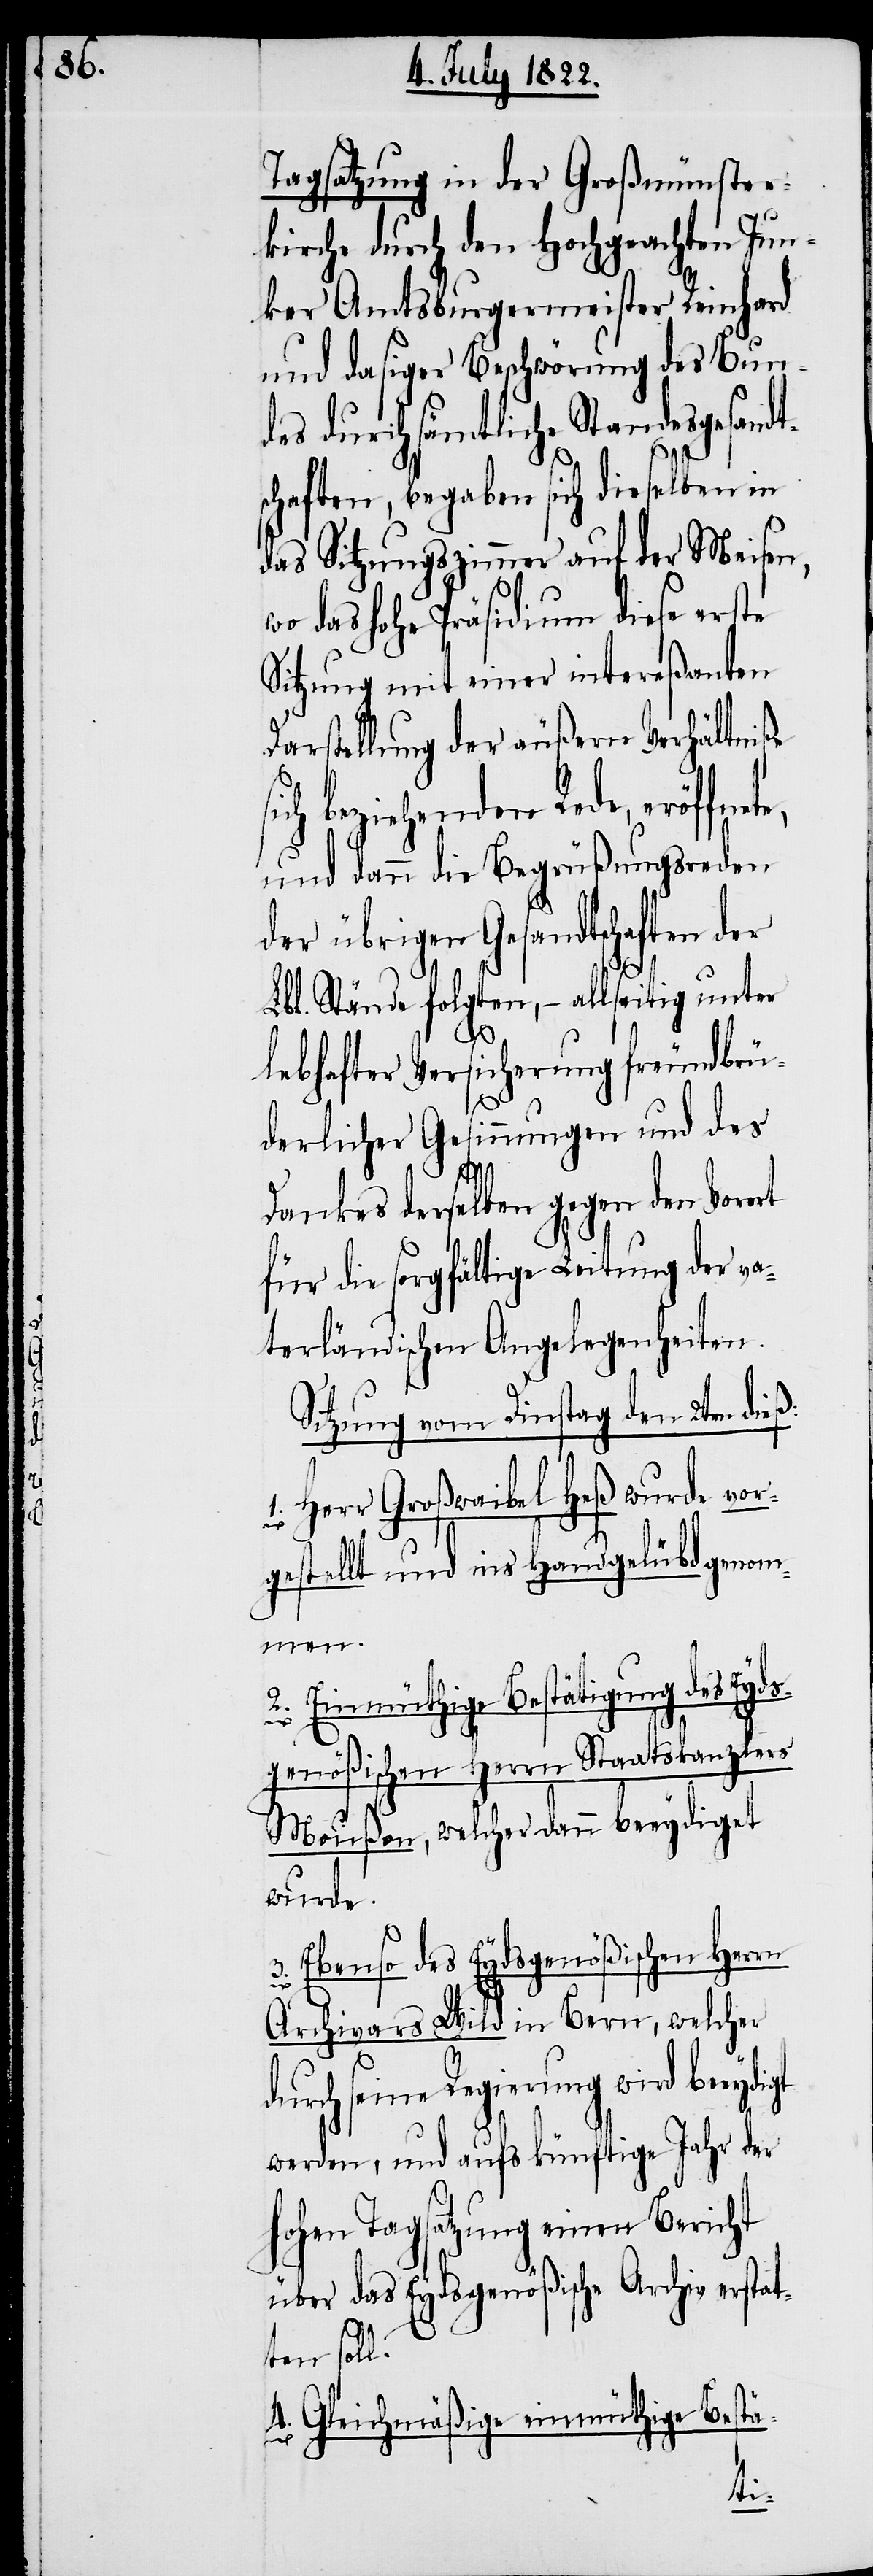
Tagsatzung in der Großmünster¬
kirche durch den Hochgeachten Jun¬
ker Amtsburgermeister Reinhard
und dasiger Beschwörung des Bun¬
des durch sämtliche Standesgesandt¬
schaften, begaben sich dieselben in
das Sitzungszimmer auf der Meisen,
wo das Hohe Präsidium diese erste
Sitzung mit einer intereßanten
Darstellung der äußern Verhältniße
ch beziehenden Rede, eröffne¬
und dann die Begrüßungsreden
der übrigen Gesandtschaften der
Lbl. Stände folgten, – allseitig unter
d¬
habhafter Versicherung freundbrü¬
derlicher Gesinnungen und des
Dankes derselben gegen den Vorort
für die sorgfältige Leitung der va¬
terländischen Angelegenheiten.
Sitzung vom Dinstag den 2ten dieß:
1. Herr Großwaibel Heß wurde vor¬
gestellt und ins Handgelübd genom¬
men.
2. Einmüthige Bestätigung des Ey¬
genößischen Herrn Staatskanzlers
Meußen, welcher dann beeydiget
wurde.
Ebenso des Eydsgenößischen Herrn
ds¬
Archivars Wild in Bern, welcher
urch seine Regierung wird beey¬
werden, und aufs künftige Jahr der
hohen Tagsatzung einen Bericht
über das Eydsgenößische Archiv erstat¬
ten soll.
4. Gleichmäßige einmüthige Bestä-
digt